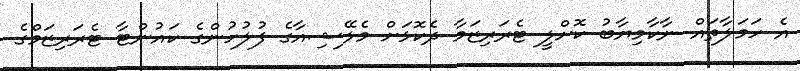
އެ ހަމަލާތައް ނާކާމިޔާބު ކޮށްލީ ޓެރަރިޒަމާ ދެކޮޅަށް މެލޭޝިއާގެ ފުލުހުންގެ ކައުންޓާ ޓެރަރިޒަމްގެ